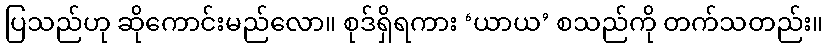
ပြသည်ဟု ဆိုကောင်းမည်လော။ စုဒ်ရှိရကား ‘ယာယ’ စသည်ကို တက်သတည်း။